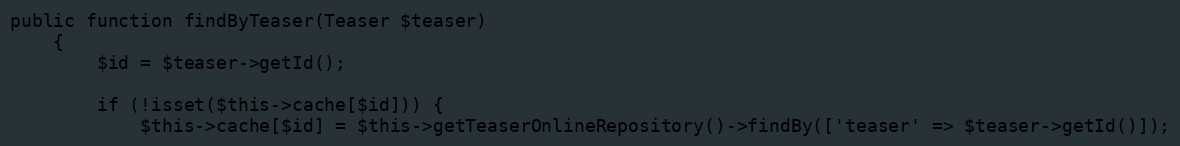
Language: PHP
public function findByTeaser(Teaser $teaser)
    {
        $id = $teaser->getId();

        if (!isset($this->cache[$id])) {
            $this->cache[$id] = $this->getTeaserOnlineRepository()->findBy(['teaser' => $teaser->getId()]);